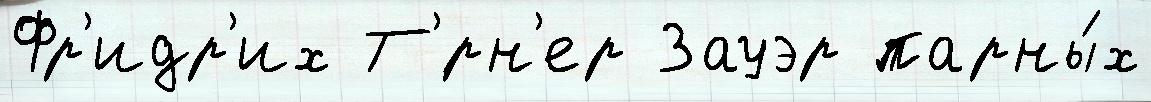
Фр'идр'их Т'́рн'ер Зауэр парны́х